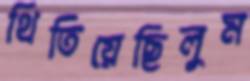
থিতিয়েছিলুম